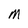
Character: M